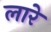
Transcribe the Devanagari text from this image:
लारे